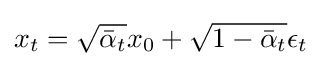
x_{t}={\sqrt {{\bar {\alpha }}_{t}}}x_{0}+{\sqrt {1-{\bar {\alpha }}_{t}}}\epsilon _{t}